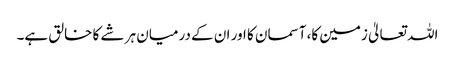
اللہ تعالیٰ زمین کا، آسمان کا اور ان کے درمیان ہر شے کا خالق ہے۔